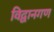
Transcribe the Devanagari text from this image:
विद्वानगण